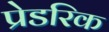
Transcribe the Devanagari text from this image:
प्रेडरिक